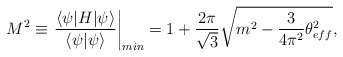
\begin{align*}M^2\equiv\left.\frac{ \langle \psi |H|\psi \rangle}{\langle\psi |\psi \rangle}\right|_{min}= 1 +\frac{2\pi}{\sqrt{3}}\sqrt{ m^2 - \frac{3}{4\pi^2}\theta_{eff}^2},\end{align*}